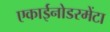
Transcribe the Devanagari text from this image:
एकाईनोडरमेंटा